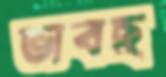
ভাবছ